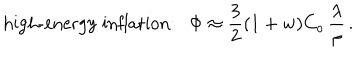
\mathrm { h i g h - e n e r g y ~ i n f l a t i o n : } \Phi \approx { \frac { 3 } { 2 } } ( 1 + w ) C _ { o } \, { \frac { \lambda } { \rho } } \, .